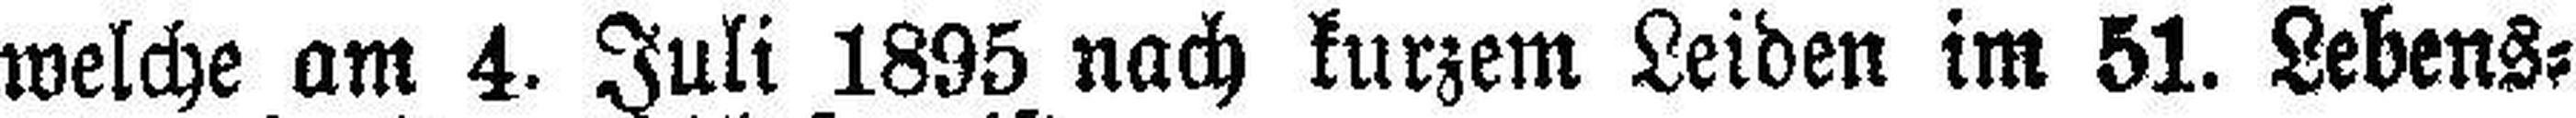
welche am 4. Juli 1895 nach kurzem Leiden im 51. Lebens¬